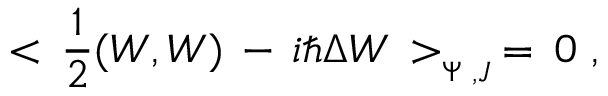
< \, { \frac { 1 } { 2 } } ( W , W ) \, - \, i \hbar \Delta W \, > _ { _ { \Psi \, \, , J } } \, = \, 0 \, \, ,